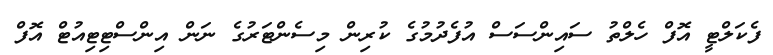
ފެކަލްޓީ އޮފް ހެލްތު ސައިންސަސް އުފެދުމުގެ ކުރިން މިސެންޓަރުގެ ނަން އިންސްޓިޓިއުޓް އޮފް